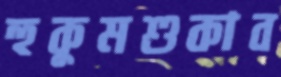
হুকুমশুকাব